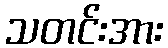
သတင်းအား